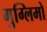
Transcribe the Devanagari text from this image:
गुग्लिमो